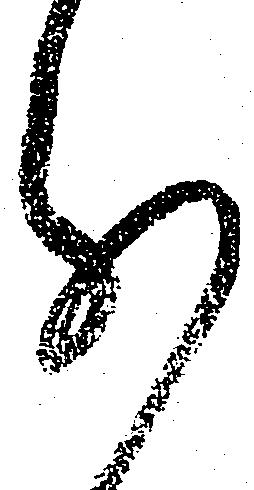
分